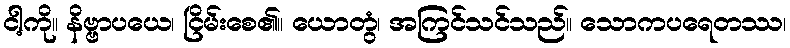
ငါ့ကို။ နိဗ္ဗာပယေ၊ ငြိမ်းစေ၏။ ယောတွံ၊ အကြင်သင်သည်။ သောကပရေတဿ၊